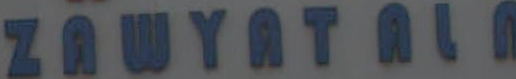
ZAWYATALA